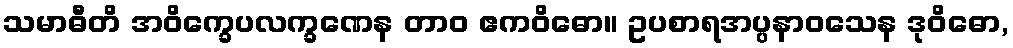
သမာဓီတိ အဝိက္ခေပလက္ခဏေန တာဝ ဧကဝိဓော။ ဥပစာရအပ္ပနာဝသေန ဒုဝိဓော,